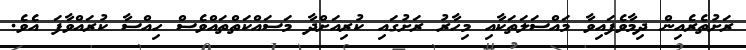
ރަށުތެރެއިން ދިމާވެފައިވާ މައްސަލަތަކާއި މިހާރު ރަށުގައި ކުރިއަށްދާ މަސައްކަތްތައްވެސް ހިއްސާ ކުރައްވާފަ އެވެ.